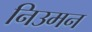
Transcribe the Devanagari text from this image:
निउमन